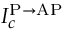
I _ { c } ^ { \mathrm { P \to A P } }